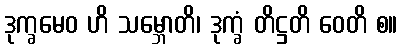
ဒုက္ခမေဝ ဟိ သမ္ဘောတိ၊ ဒုက္ခံ တိဋ္ဌတိ ဝေတိ စ။